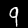
Digit: 9